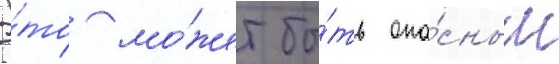
Э́то мо́жет бы́ть опа́сным